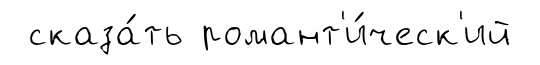
сказа́ть романт'и́ческ'ий